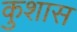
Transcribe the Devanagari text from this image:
कुशास